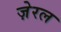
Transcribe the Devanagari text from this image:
ज़ेरल